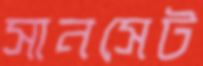
সানসেট